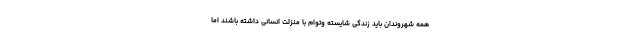
همه شهروندان باید زندگی شایسته وتوام با منزلت انسانی داشته باشند اما